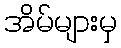
အိမ်များမှ